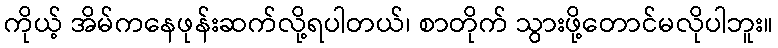
ကိုယ့် အိမ်ကနေဖုန်းဆက်လို့ရပါတယ်၊ စာတိုက် သွားဖို့တောင်မလိုပါဘူး။